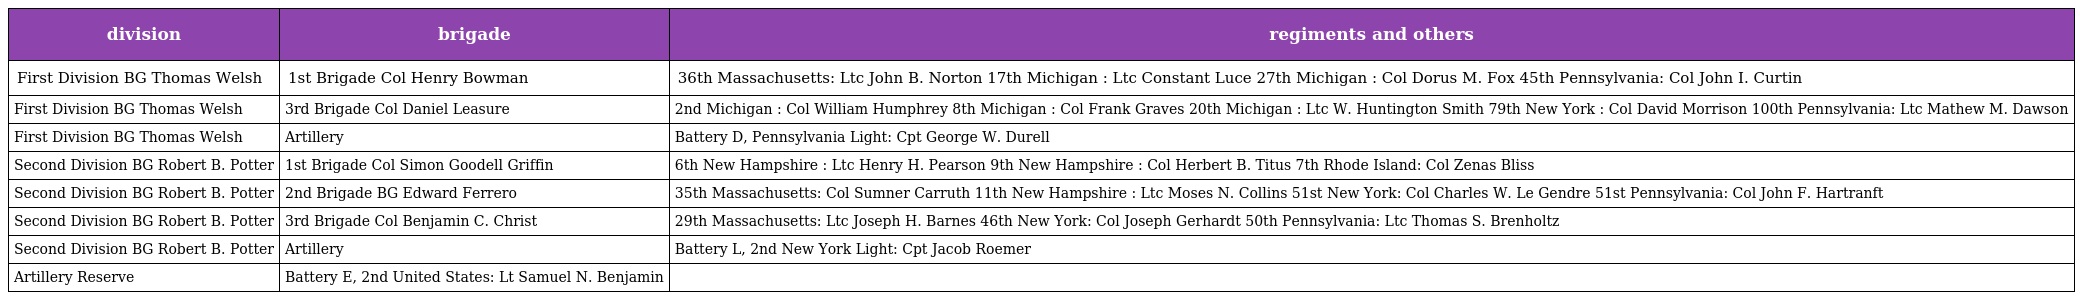
| division | brigade | regiments and others |
 | --- | --- | --- |
 | First Division BG Thomas Welsh | 1st Brigade Col Henry Bowman | 36th Massachusetts: Ltc John B. Norton 17th Michigan : Ltc Constant Luce 27th Michigan : Col Dorus M. Fox 45th Pennsylvania: Col John I. Curtin |
 | First Division BG Thomas Welsh | 3rd Brigade Col Daniel Leasure | 2nd Michigan : Col William Humphrey 8th Michigan : Col Frank Graves 20th Michigan : Ltc W. Huntington Smith 79th New York : Col David Morrison 100th Pennsylvania: Ltc Mathew M. Dawson |
 | First Division BG Thomas Welsh | Artillery | Battery D, Pennsylvania Light: Cpt George W. Durell |
 | Second Division BG Robert B. Potter | 1st Brigade Col Simon Goodell Griffin | 6th New Hampshire : Ltc Henry H. Pearson 9th New Hampshire : Col Herbert B. Titus 7th Rhode Island: Col Zenas Bliss |
 | Second Division BG Robert B. Potter | 2nd Brigade BG Edward Ferrero | 35th Massachusetts: Col Sumner Carruth 11th New Hampshire : Ltc Moses N. Collins 51st New York: Col Charles W. Le Gendre 51st Pennsylvania: Col John F. Hartranft |
 | Second Division BG Robert B. Potter | 3rd Brigade Col Benjamin C. Christ | 29th Massachusetts: Ltc Joseph H. Barnes 46th New York: Col Joseph Gerhardt 50th Pennsylvania: Ltc Thomas S. Brenholtz |
 | Second Division BG Robert B. Potter | Artillery | Battery L, 2nd New York Light: Cpt Jacob Roemer |
 | Artillery Reserve | Battery E, 2nd United States: Lt Samuel N. Benjamin |  |